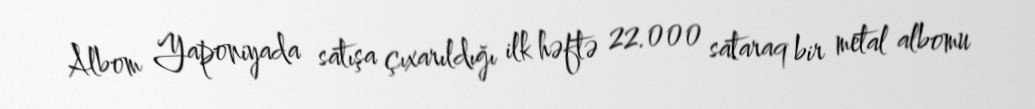
Albom Yaponiyada satışa çıxarıldığı ilk həftə 22.000 sataraq bir metal albomu